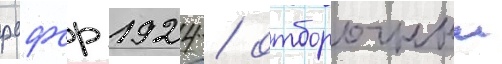
рсфср 1924 / отборочныи